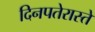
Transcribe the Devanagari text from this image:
दिनपतेरास्ते